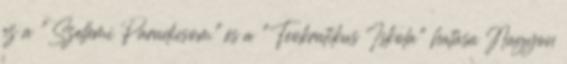
ez a "Szellemi Paradicsom",és a "Teokratikus Iskola" hatása Nagyon